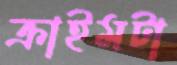
ক্রাইমটা